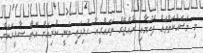
މި މަސައްކަތްތައް ފެށުމާއި ރާއްޖޭގެ ތަރައްގީއާ ގުޅިފައި ވަނީ ކުރިއަށް އޮތް ސާޅީހަކަށް